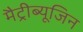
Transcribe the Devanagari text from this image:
मैट्रीब्यूजिन